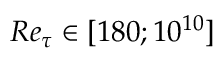
R e _ { \tau } \in [ 1 8 0 ; 1 0 ^ { 1 0 } ]